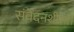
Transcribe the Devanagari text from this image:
संवेदनशीलते